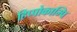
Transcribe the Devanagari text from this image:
हिप्पोकाम्पि